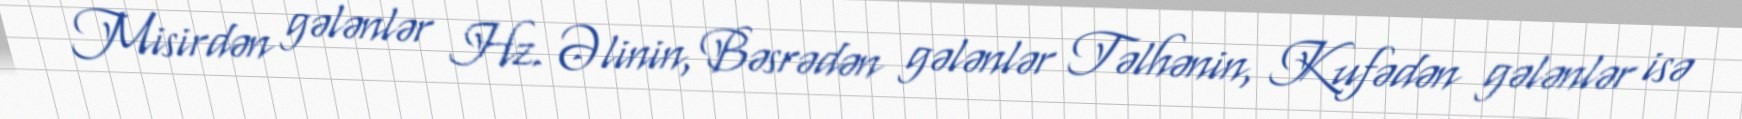
Misirdən gələnlər Hz. Əlinin, Bəsrədən gələnlər Təlhənin, Kufədən gələnlər isə